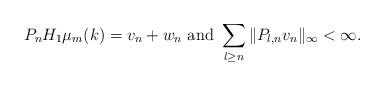
LaTeX: \begin{align*}P_nH_1\mu_{m}(k)=v_n+w_n \mbox{ and }\sum_{l\geq n}\| P_{l,n}v_n\|_{\infty}<\infty.\end{align*}